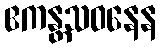
ဧကန္တသဝနေန